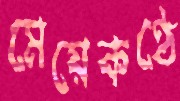
মেয়েকণ্ঠে